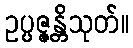
ဥပ္ပဇ္ဇန္တိသုတ်။